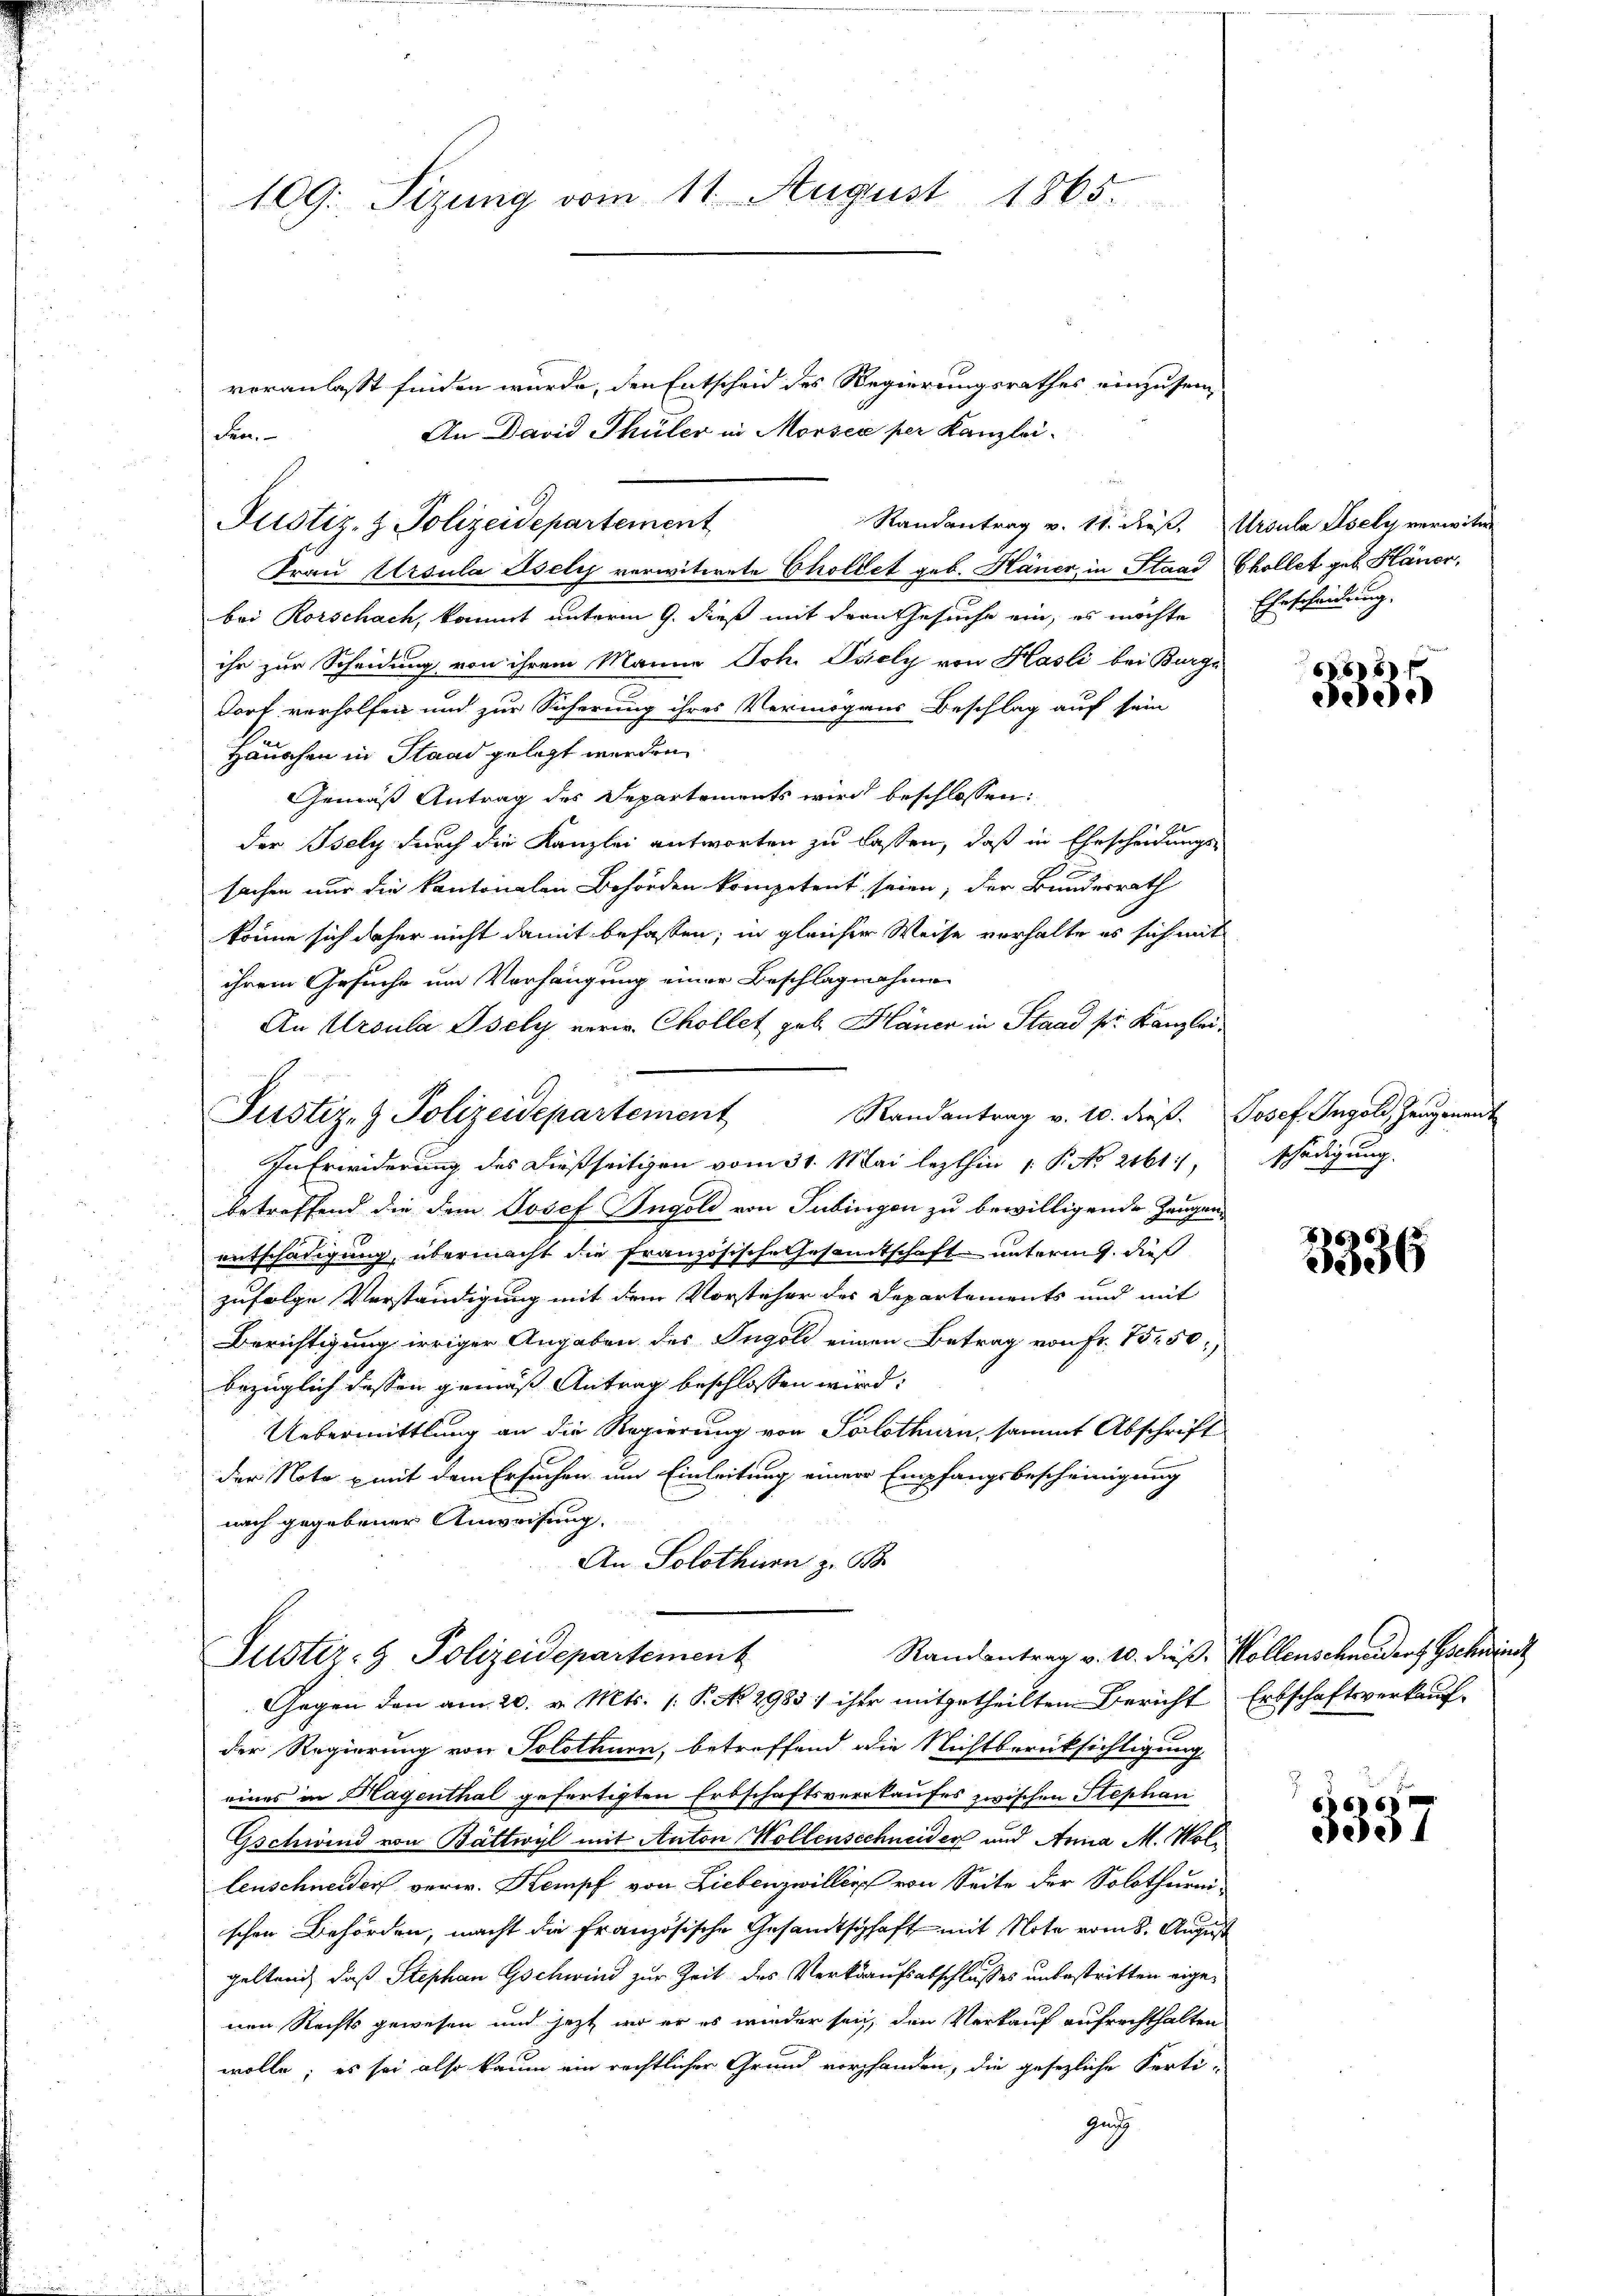
109. Sitzung vom 11. August 1865.

veranlaßt finden wurde, den Entscheid des Regierungsrathes einzusen
An David Thüler in Morsee per Kanzlei.
den.
Randantrag v. 11. dieß, Ursula Isely verwitw
Frau Ursula Asely verwitwete Choldet geb. Häner, in Staad hollet geb. Häner,
bei Rorschach, kommt unterm 9. dieß mit deren Gesuche ein, es möchte
ihr zur Scheidung von ihrem Manne Joh. Psely von Hasli bei Burge
dorf verholfen und zur Sicherung ihres Vermögens Beschlag auf sein
Häuschen in Stand gelegt werden.
Gemäß Antrag des Departements wird beschlossen:
der Isely durch die Kanzlei antworten zu lassen, daß in Ehescheidungs-
sachen nur die kantonalen Behörden kompetent seien, der Bundesrath
könne sich daher nicht damit befassen; in gleicher Weise vorhalte es sich mit
ihrem Gesuche um Vorhängung einer Beschlagnahme
An Ursula Isely verw. Chollet geb. Häner in Staad sr. Kanzlei¬
Justiz- & Polizeidepartement Randantrag v. 10. dieβ. Josef. Ingold, Zeŭgenant
In Erwiderung des dießseitigen vom 31. Mai lezthin 1 Po 2161,
betreffend die dem Josef Ingold von Tübingen zu bewilligende Zeugen¬
.
entschädigung, übermacht die französische Gesamtschaft unterm 9. dieß
zufolge Verständigung mit dem Vorsteher des Departements und mit
Berichtigung irriger Angaben des Ingoli einen Betrag von Fr. 1550)
bezüglich dessen gemäß Antrag beschlossen wird:
Uebermittlung an die Regierung von Solothurn, sammt Abschrift
der Note mit dem Ersuchen um Einleitung einer Empfangsbescheinigung
nach gegebener Anweisung.
An Solothurn z. B.
Randantrag v. 10. dieß, Kollenschneiders Gschwind
Justiz- & Polizeidepartement
Gegen den am 20. v. Mts. (: P. No 2983) ihre mitgetheilten Bericht Erbschaftsverkauf-
der Regierung von Solothurn, betreffend die Nichtberücksichtigung
eines in Hagenthal gefertigten Erbschaftsverkaufes zwischen Stephan
Gschwind von Bättwyl mit Anton Wollenschneider und Anna M. Wollenschneider verw. Kempf von Liebenzwiller von Seite der Solothurni-
schen Behörden, macht die Französische Gesandtschaft mit Note vom 8. August
gelten, daß Stephan Gschwind zur Zeit des Verkaufsabschlusses unbestritten eigenen Rechts gewesen und jetzt wo er es wieder sei, den Verkauf aufrechthalten
wolle; es sei also kaum ein rechtlicher Grund vorhanden, die gesezliche Ferti-
Zug

Justiz- & Polizeidepartement

Ehrscheidung.

668 f
dee

schädigung.

3336

66)
dee